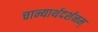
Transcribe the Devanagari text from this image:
चान्यार्थदर्शनम्